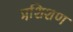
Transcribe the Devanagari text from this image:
प्रशि़शण